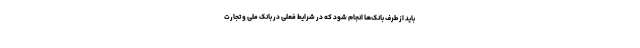
باید از طرف بانک‌ها انجام شود که در شرایط فعلی در بانک ملی و تجارت